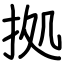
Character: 拠